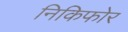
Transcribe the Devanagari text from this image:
निकिफोर